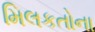
મિલકતોના